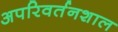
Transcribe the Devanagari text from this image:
अपरिवर्तनशाल